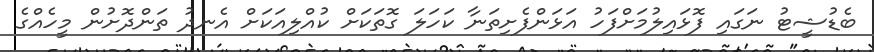
ބެޑުޝީޓު ނަގައި ފޮޅައިލުމަށްފަހު އަޅަންފެށިތަނާ ކަހަލަ ގޮތަކަށް ކުއްލިއަކަށް އެނދު ތަންދޮށުން މީހެއްގެ